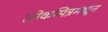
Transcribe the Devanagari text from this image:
लोकमित्रमधून